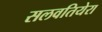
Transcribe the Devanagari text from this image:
सलवतियेरा